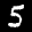
Label: 5